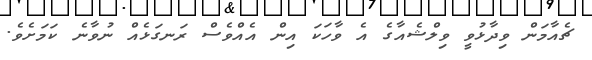
ޗެއާމަން ވިދާޅުވީ ވިލްޝެއާގެ އެ ވާހަކަ އިން އެއްވެސް ރަނގަޅެއް ނުވާނެ ކަމަށެވެ.